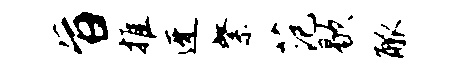
旨推迓綮范歇觚